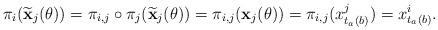
LaTeX: \begin{align*}\pi_i(\widetilde{\mathbf{x}}_j(\theta))=\pi_{i,j}\circ \pi_j(\widetilde{\mathbf{x}}_j(\theta))=\pi_{i,j}( \mathbf{x}_j(\theta))=\pi_{i,j}( x_{t_a(b)}^j)=x_{t_a(b)}^i.\end{align*}